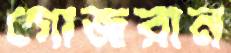
গোজরান